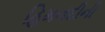
હિમનદીની